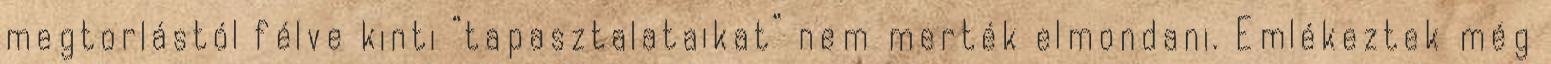
megtorlástól félve kinti “tapasztalataikat” nem merték elmondani. Emlékeztek még